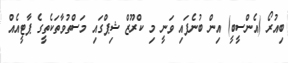
ބިއުރޯ (އެންސީބީ) އިން ބުނެފައި ވަނީ މި ކްރޫޒް ޝިޕްގައި މަސްތުވާތަކެތީގެ ޕާޓީއެއް